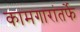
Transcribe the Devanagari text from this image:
कामगारांतर्फे